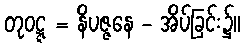
တုဝဋ္ဋ = နိပဇ္ဇနေ - အိပ်ခြင်း၌။